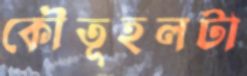
কৌতূহলটা